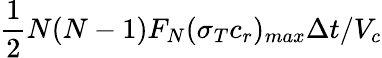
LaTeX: \frac{1}{2}N(N-1)F_{N}(\sigma_{T}c_{r})_{max}\Delta t/V_{c}